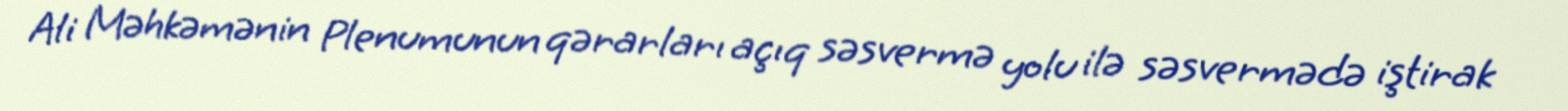
Ali Məhkəmənin Plenumunun qərarları açıq səsvermə yolu ilə səsvermədə iştirak